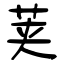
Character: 荚